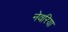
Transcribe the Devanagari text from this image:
नेवरिया